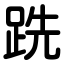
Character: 跣